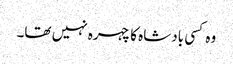
وہ کسی بادشاہ کا چہرہ نہیں تھا۔